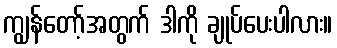
ကျွန်တော့်အတွက် ဒါကို ချုပ်ပေးပါလား။